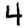
Digit: 4